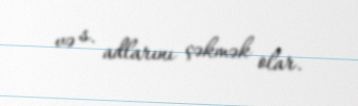
və s. adlarını çəkmək olar.